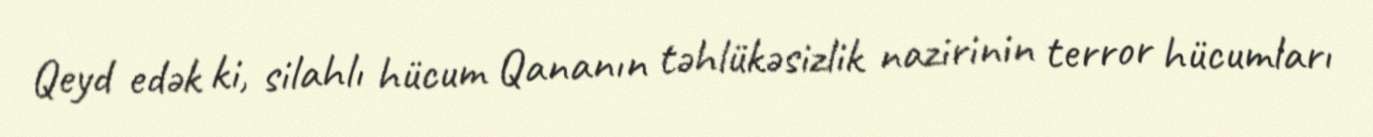
Qeyd edək ki, silahlı hücum Qananın təhlükəsizlik nazirinin terror hücumları